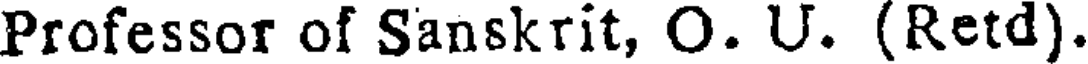
Professor of Sanskrit, O. U. (Retd).